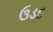
ઉડદ